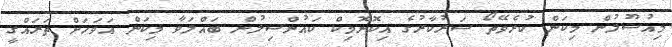
މިއުސޫލުން މިކަން ކުރެވޭތޯ ސަރުކާރުގެ އިކޮނޮމިކް ކައުންސިލުން ބައްލަވާ މިކަން އަވަހަށް ތަރައްގީ